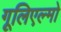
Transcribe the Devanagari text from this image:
गूलिएल्मो